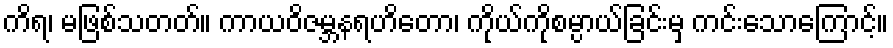
ကိရ၊ မဖြစ်သတတ်။ ကာယဝိဇမ္ဘနရဟိတော၊ ကိုယ်ကိုစမ္ပာယ်ခြင်းမှ ကင်းသောကြောင့်။